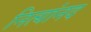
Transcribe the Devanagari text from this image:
नित्यांनद